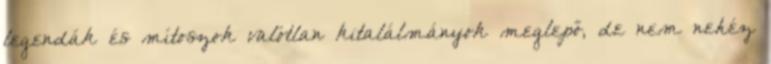
legendák és mítoszok valótlan kitalálmányok meglepő, de nem nehéz